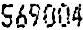
569004